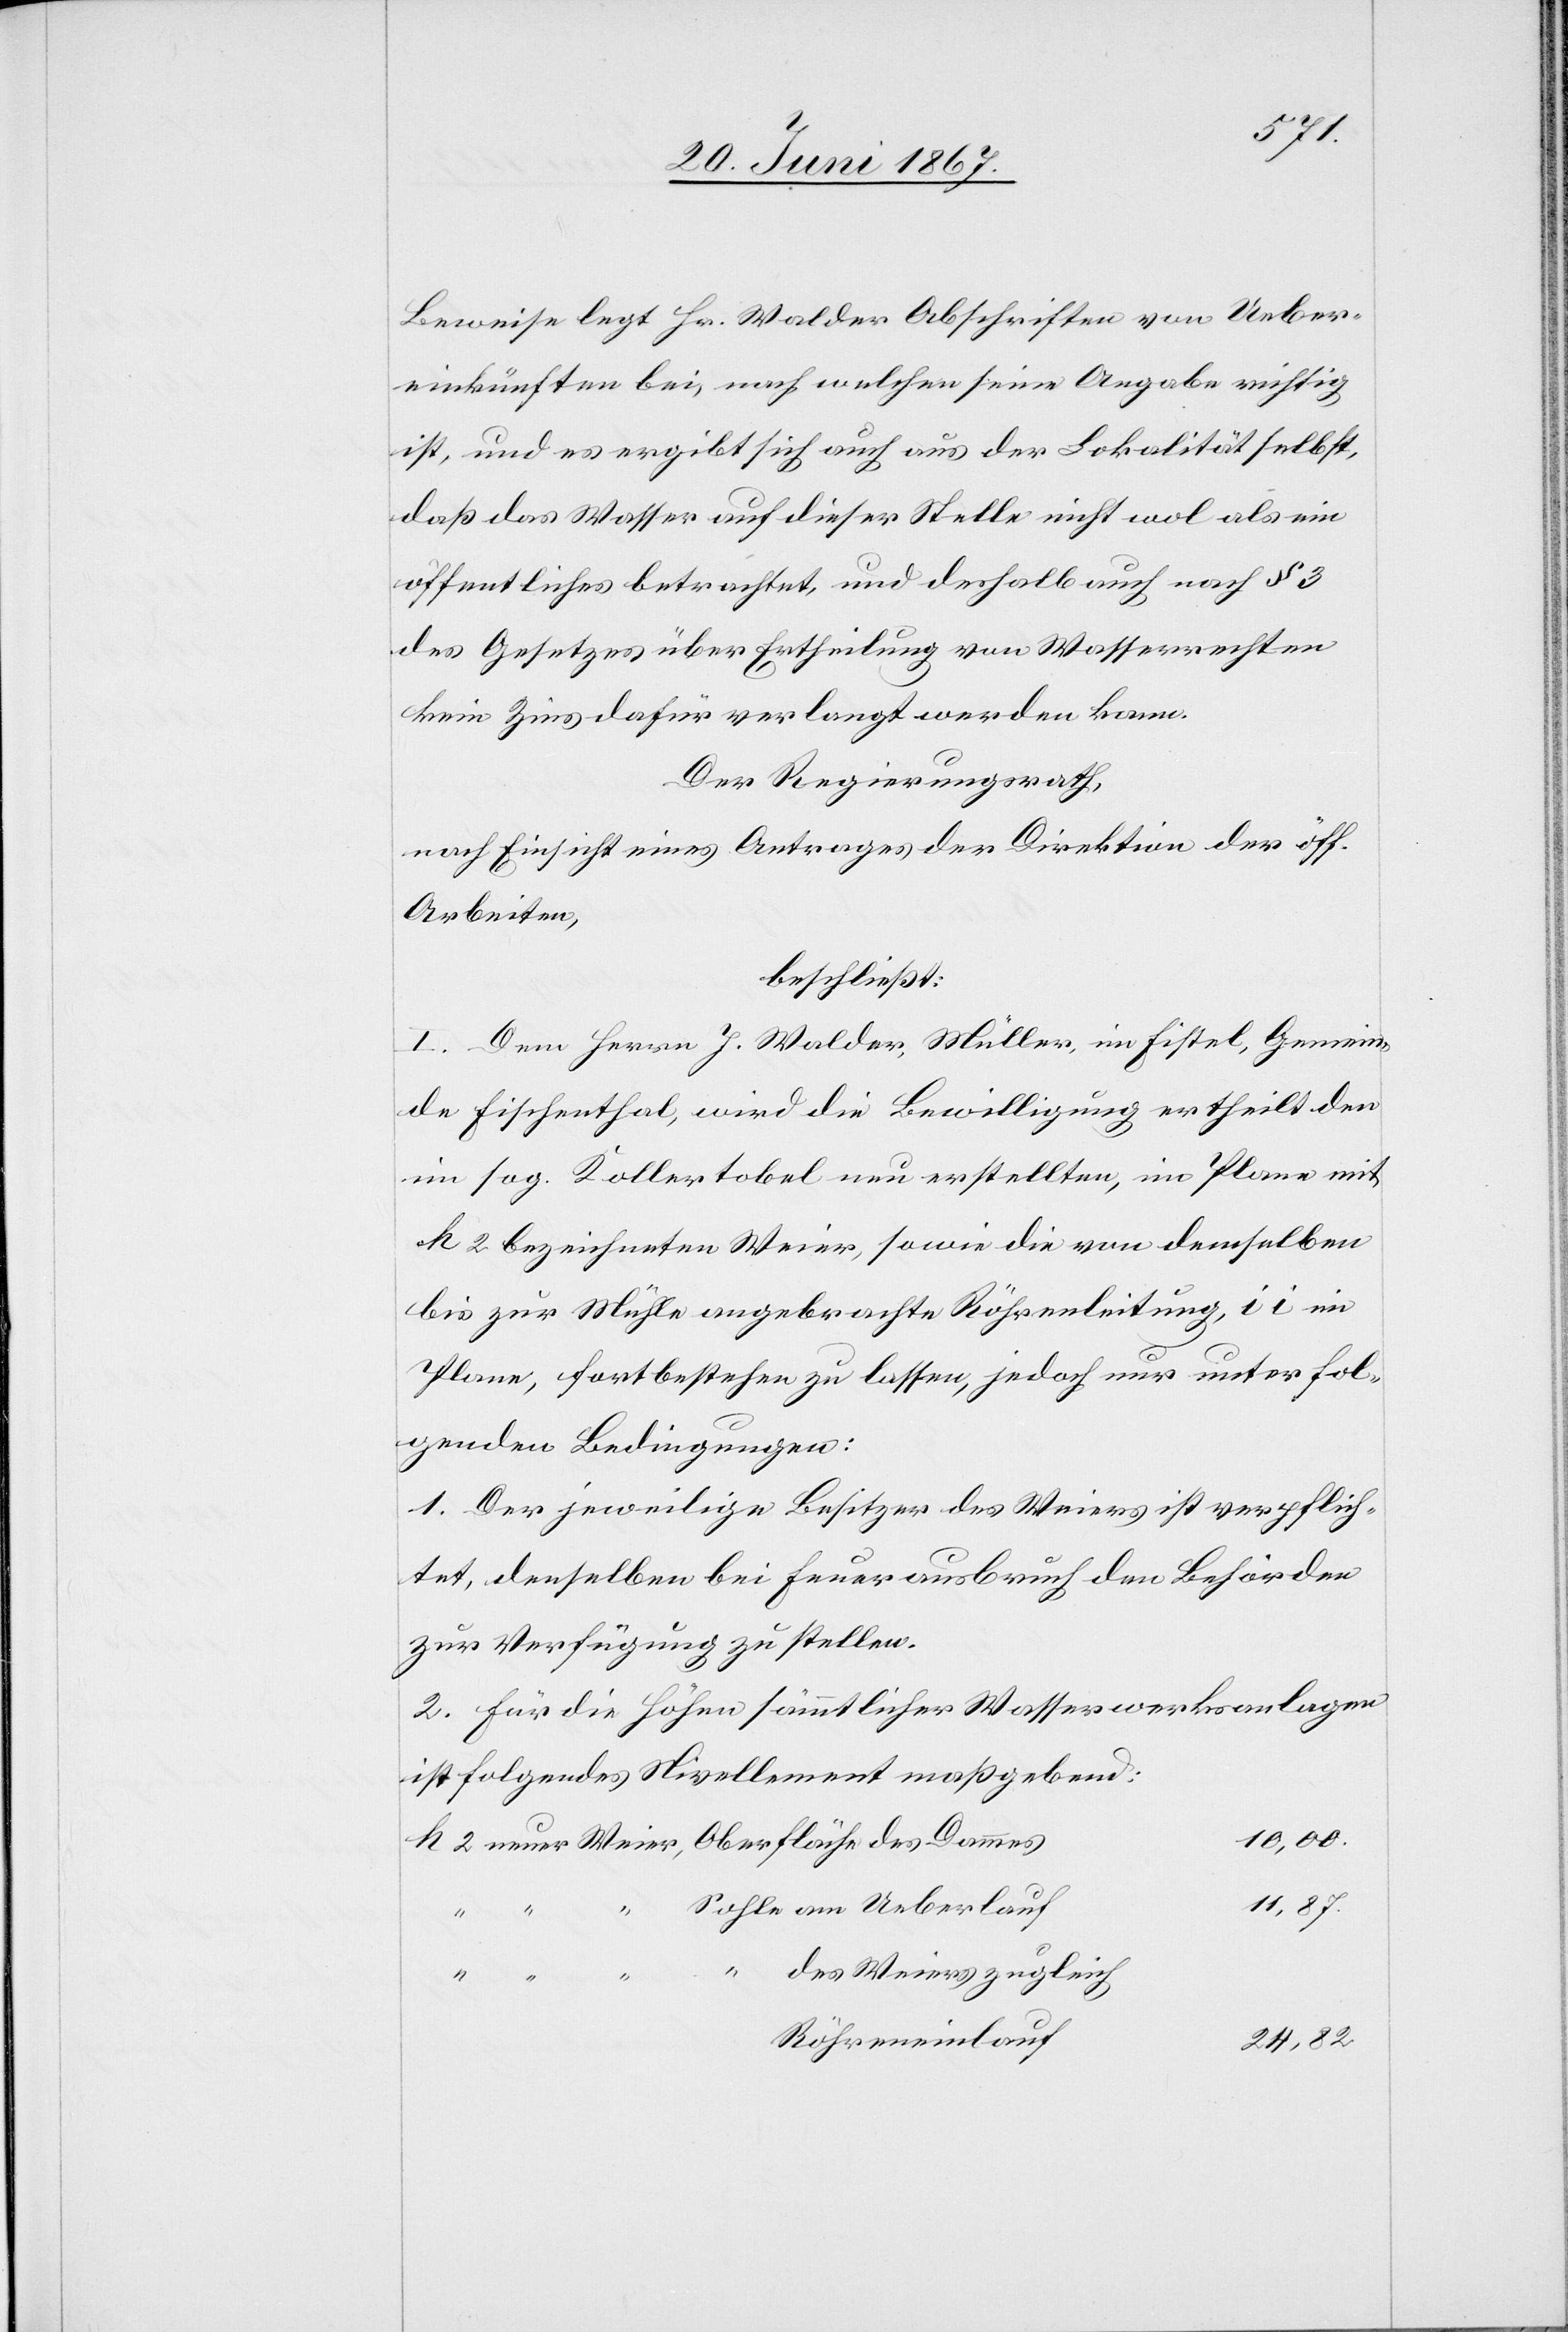
Sohle
Beweise legt Hr. Walder Abschriften von Ueber¬
einkünften bei, nach welchen seine Angabe richtig
ist, und es ergibt sich auch aus der Lokalität selbst,
daß das Wasser auf dieser Stelle nicht wol als ein
öffentliches betrachtet, und deshalb auch nach § 3
des Gesetzes über Ertheilung von Wasserrechten
kein Zins dafür verlangt werden kann.
Der Regierungsrath,
nach Einsicht eines Antrages der Direktion der öff.
Arbeiten,
beschließt:
I. Dem Herrn J. Walder, Müller, in Fistel, Gemein¬
de Fischenthal, wird die Bewilligung ertheilt den
im sog. Kollertobel nun erstellten, im Plane mit
k 2 bezeichneten Weier, sowie die von demselben
bis zur Mühle angebrachte Röhrenleitung, i i im
Plane, fortbestehen zu lassen, jedoch nur unter fol¬
genden Bedingungen:
1. Der jeweilige Besitzer des Weiers ist verpflich¬
tet, denselben bei Feuerausbruch den Behörden
zur Verfügung zu stellen.
2. Für die Höhen sämmtlicher Wasserwerksanlagen
ist folgendes Nivellement maßgebend:
10,00.
11,87.
des Weiers zugleich
Röhreneinlauf
24,82.